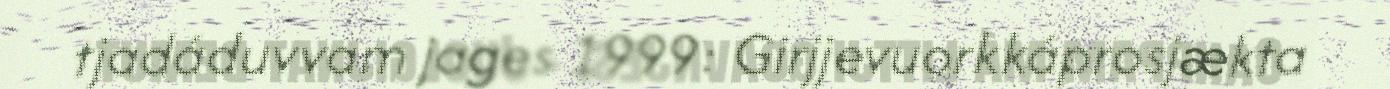
tjadáduvvam jages 1999: Girjjevuorkkáprosjækta